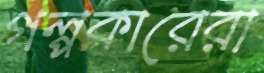
গল্পকারেরা